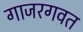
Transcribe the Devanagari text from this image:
गाजरगवत